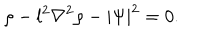
LaTeX: \rho - l ^ { 2 } \nabla ^ { 2 } \rho - | \Psi | ^ { 2 } = 0 .